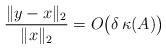
LaTeX: \begin{align*}\frac{\lVert y-x\rVert_2}{\lVert x\rVert_2}=O\big(\delta\,\kappa(A)\big)\end{align*}